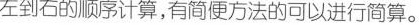
左到右的顺序计算，有简便方法的可以进行简算。